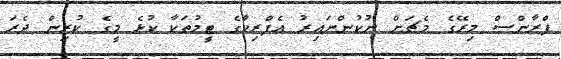
ފްރާންސް މިރޭގެ މެޗަށް ނުކުންނައިރު އެފްރިކާގެ ޓީމުތަކާ ކުޅެ މީގެ ކުރިން ދެރަ